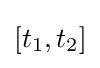
[t_{1},t_{2}]